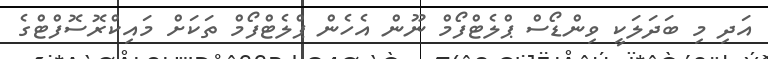
އަދި މި ބަދަލަކީ ވިންޑޯސް ޕްލެޓްފޯމް ނޫން އެހެން ޕްލެޓްފޯމް ތަކަށް މައިކްރޮސޮފްޓްގެ